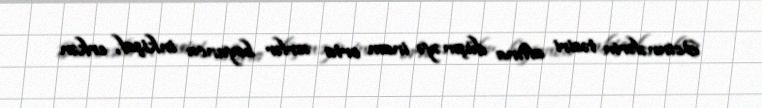
Əcinnələrin təsiri altına düşməyə inam orta əsrlər boyunca inkişaf, erkən